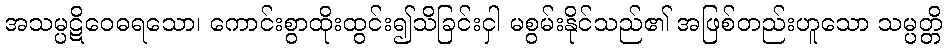
အသမ္ပဋိဝေဓရသော၊ ကောင်းစွာထိုးထွင်း၍သိခြင်းငှါ မစွမ်းနိုင်သည်၏ အဖြစ်တည်းဟူသော သမ္ပတ္တိ